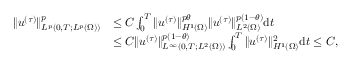
\begin{array} { r l } { \| u ^ { ( \tau ) } \| _ { L ^ { p } ( 0 , T ; L ^ { p } ( \Omega ) ) } ^ { p } } & { \le C \int _ { 0 } ^ { T } \| u ^ { ( \tau ) } \| _ { H ^ { 1 } ( \Omega ) } ^ { p \theta } \| u ^ { ( \tau ) } \| _ { L ^ { 2 } ( \Omega ) } ^ { p ( 1 - \theta ) } \mathrm { d } t } \\ & { \le C \| u ^ { ( \tau ) } \| _ { L ^ { \infty } ( 0 , T ; L ^ { 2 } ( \Omega ) ) } ^ { p ( 1 - \theta ) } \int _ { 0 } ^ { T } \| u ^ { ( \tau ) } \| _ { H ^ { 1 } ( \Omega ) } ^ { 2 } \mathrm { d } t \le C , } \end{array}